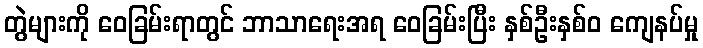
တွဲများကို ဝေခြမ်းရာတွင် ဘာသာရေးအရ ဝေခြမ်းပြီး နှစ်ဦးနှစ်ဝ ကျေနပ်မှု